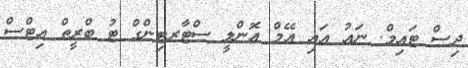
ދިސް ޓައިމް. ނައު އައި އޭމް އޮންލީ ސްޓާރޓިންގް ޓު ބްރީތް އިޓްސް